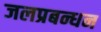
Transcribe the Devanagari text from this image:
जलप्रबन्धन